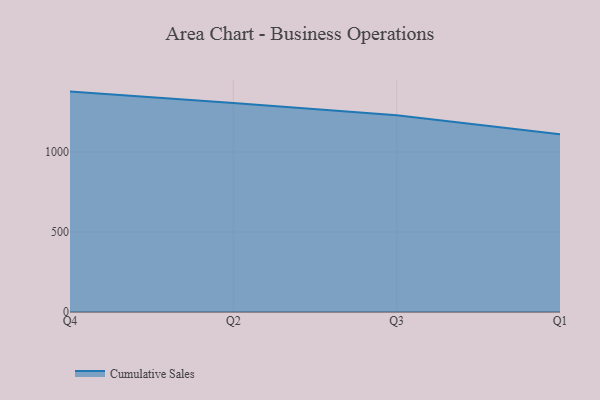
{"axis": {"x": "Quarter", "y": "Gross Profit (USD K)"}, "legend": ["Cumulative Sales"], "data": [{"x": "Q4", "y": 1377.5, "type": "Cumulative Sales"}, {"x": "Q2", "y": 1306.1, "type": "Cumulative Sales"}, {"x": "Q3", "y": 1229.1, "type": "Cumulative Sales"}, {"x": "Q1", "y": 1110.8, "type": "Cumulative Sales"}]}